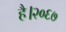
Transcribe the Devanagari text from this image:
है।२०६७